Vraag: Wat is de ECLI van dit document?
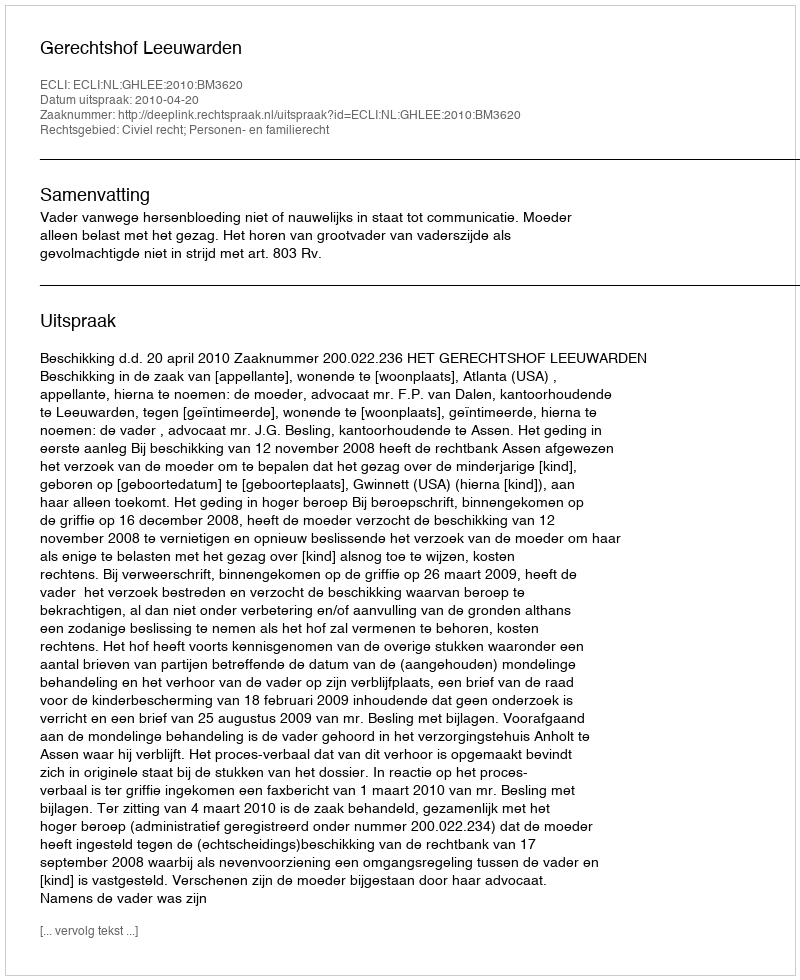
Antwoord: ECLI:NL:GHLEE:2010:BM3620